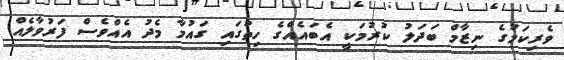
ވެރިކަމުގެ ނިޒާމް ބަދަލު ކުރުމަކީ އެބައެއްގެ ހިތުގައި ގައުމާ މެދު އެއްވެސް ފަރުވާލެއް